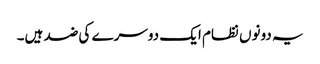
یہ دونوں نظام ایک دوسرے کی ضد ہیں۔